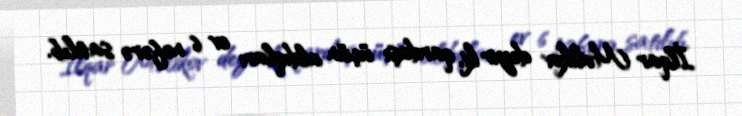
İlqar Məlikov deyir ki, qardaşı üçün aldıqları ev 6 nəfərə satılıb.